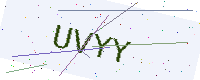
Text: UVYY